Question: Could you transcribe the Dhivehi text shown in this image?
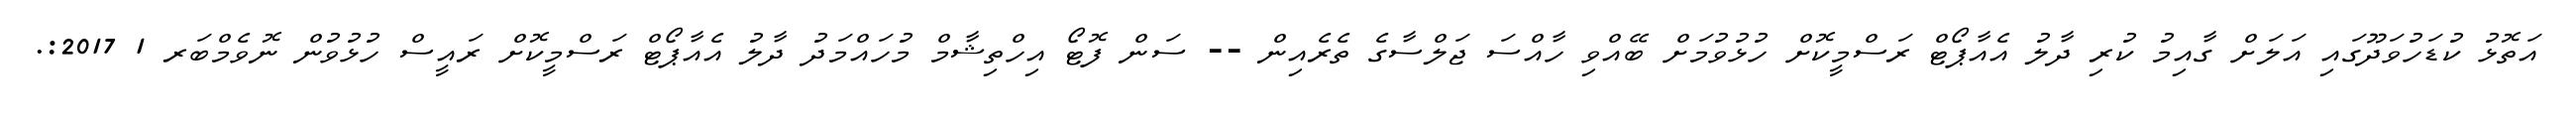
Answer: އަތޮޅު ކުޑަހުވަދޫގައި އަލަށް ގާއިމު ކުރި ދާލު އެއާޕޯޓް ރަސްމީކޮށް ހުޅުވުމަށް ބޭއްވި ހާއްސަ ޖަލްސާގެ ތެރެއިން -- ސަން ފޮޓޯ އިހްތިޝާމް މުހައްމަދު ދާލު އެއާޕޯޓް ރަސްމީކޮށް ރައީސް ހުޅުވުން ނޮވެމްބަރ 1 2017:.